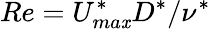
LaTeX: Re=U_{ma\mathit{x}}^{*}D^{*}/\nu^{*}